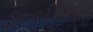
ભીખારીઓની